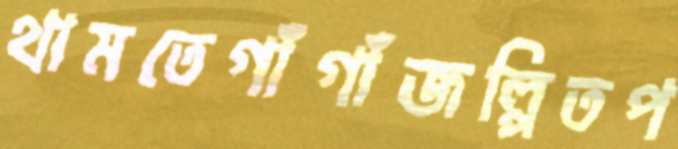
থামতেগাঁগাঁজল্পিতপ